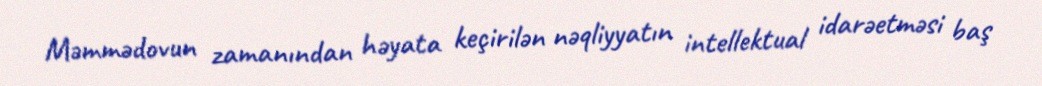
Məmmədovun zamanından həyata keçirilən nəqliyyatın intellektual idarəetməsi baş